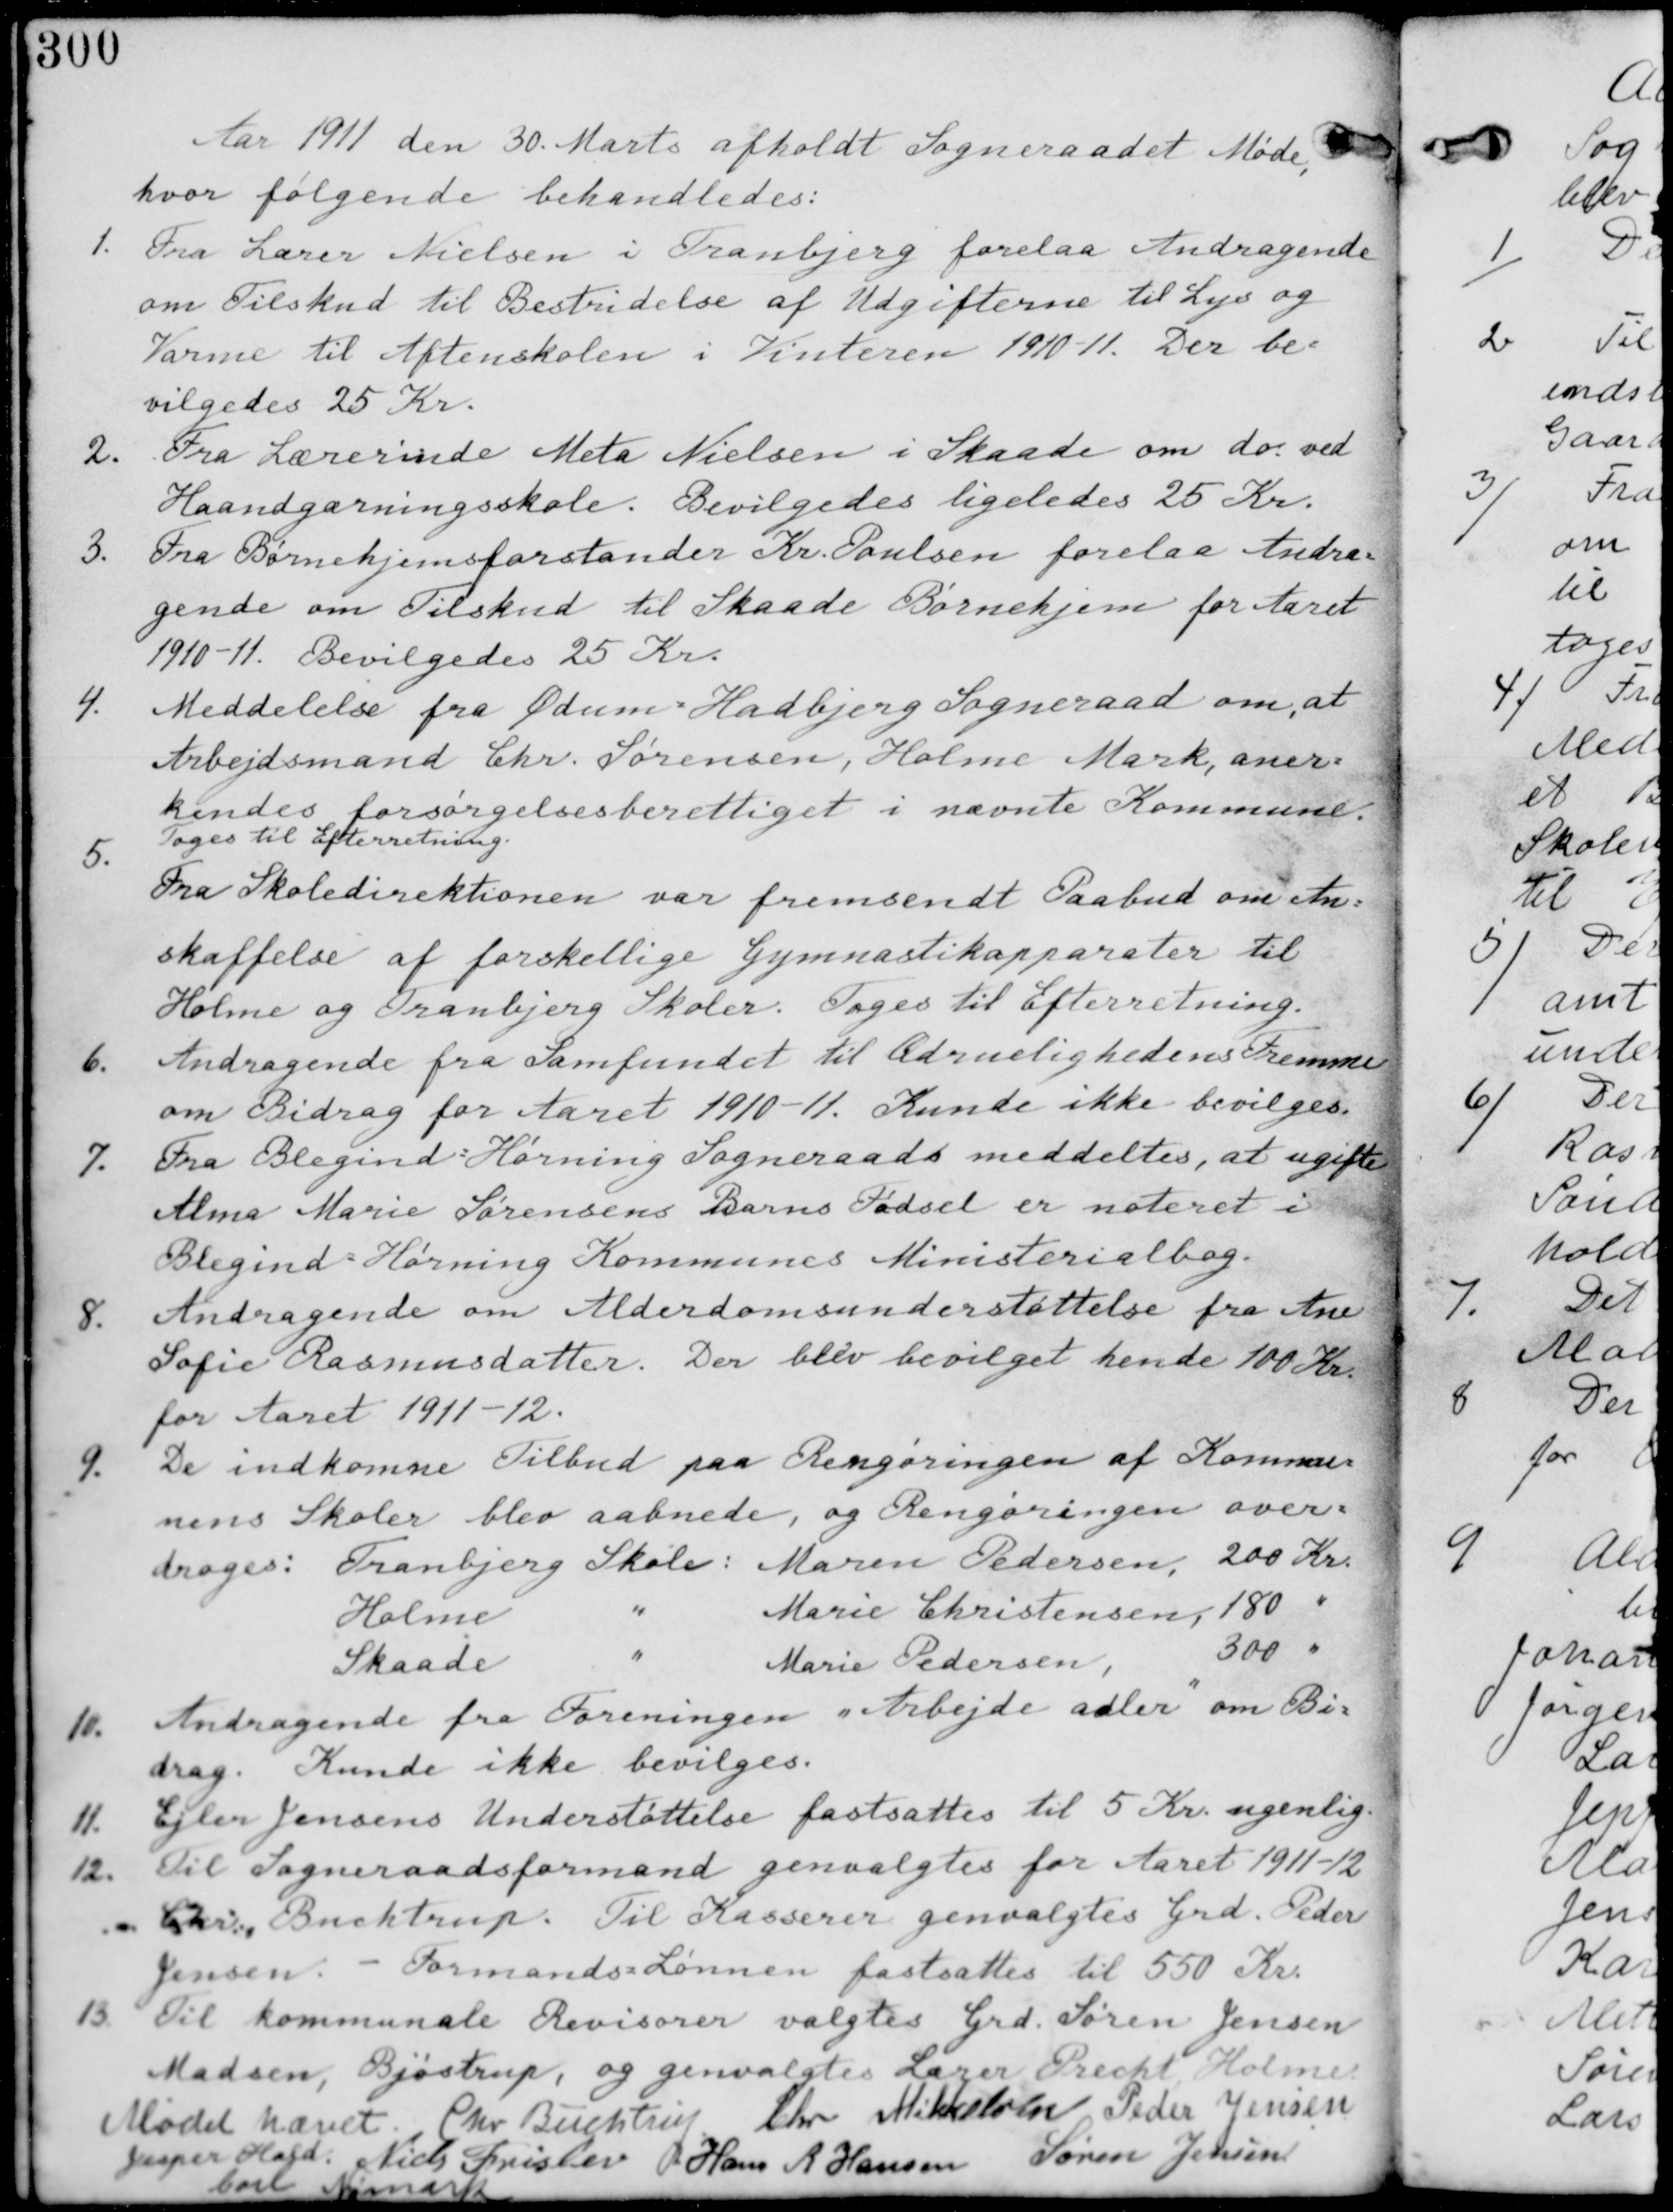
Transskription:
Aar 1911 den 30. Marts afholdt Sogneraadet Møde
hvor følgende behandledes:

1. Fra Lærer Nielsen i Tranbjerg forelaa Andragende
om Tilskud til Bestridelse af Udgifterne til Lys og
Varme til Aftenskolen i Vinteren 1910-11. Der be-
vilgedes 25 Kr.

2. Fra Lærerinde Meta Nielsen i Skaade om do ved
Haandgærningsskole. Bevilgedes ligeledes 25 Kr.

3. Fra Børnehjemsforstander Kr. Poulsen forelaa Andra-
gende om Tilskud til Skaade Børnehjem for Aaret
1910-11. Bevilgedes 25 Kr.

4. Meddelelse fra Ødum - Hadbjerg Sogneraad om, at
Arbejdsmand Chr. Sørensen, Holme Mark, aner-
kendes forsørgelsesberettiget i nævnte Kommune.
Tages til Efterretning

5.
Fra Skoledirektionen var fremsendt Paabud om An-
skaffelse af forskellige Gymnastikapparater til
Holme og Tranbjerg Skoler. Tages til Efterretning.

6. Andragende fra Samfundet til Ædruelighedens Fremme
om Bidrag for Aaret 1910-11. Kunne ikke bevilges

7. Fra Blegind Hørning Sogneraad meddeltes, at ugifte
Alma Marie Sørensens Barn Fødsel er noteret i
Blegind-Hørning Kommunes Ministerialbog.

8. Andragende om Alderdomsunderstøttelse fra Ane
Sofie Rasmusdatter. Der blev bevilget hende 100 Kr
for Aaret 1911-12

9. De indkomne tilbud paa Rengøringen af Kommu-
nens Skoler blev aabnede, og Rengøringen over-
drages: Tranbjerg Skole: Maren Pedersen, 200 Kr
Holme " Marie Christensen, 180 "
Skaade " Marie Pedersen, 300 "

10. Andragende fra Foreningen "Arbejde adler" om Bi-
drag. Kunde ikke bevilges

11. Ejler Jensens Understøttelse fastsattes til 5 Kr ugentlig.

12. Til Sogneraadsformand genvalgtes for Aaret 1911-12
Chr Buchtrup. Til Kasserer genvalgtes Grd. Peder
Jensen. - Formands Lønnen fastsattes til 550 Kr.

13. Til kommunale Revisorer valgtes Grd Søren Jensen
Madsen, Bjøstrup, og genvalgtes Lærer Precht Holme

Mødet hævet. Chr Buchtrup Chr Mikkelsen Peder Jensen
Jesper Hald. Niels Frislev Hans R Hansen Søren Jensen
Carl Nymark